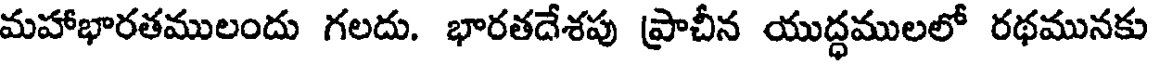
మహాభారతములందు గలదు. భారతదేశపు ప్రాచీన యుద్ధములలో రథమునకు